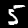
Digit: 5